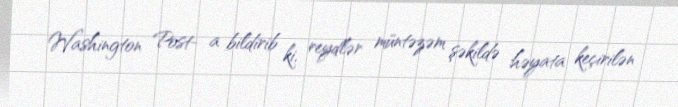
Washington Post- a bildirib ki, reydlər müntəzəm şəkildə həyata keçirilən